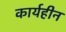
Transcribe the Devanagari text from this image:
कार्यहीन